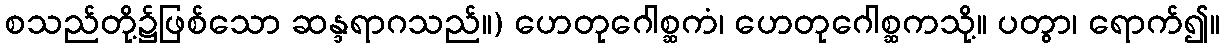
စသည်တို့၌ဖြစ်သော ဆန္ဒရာဂသည်။) ဟေတုဂေါစ္ဆကံ၊ ဟေတုဂေါစ္ဆကသို့။ ပတွာ၊ ရောက်၍။